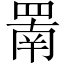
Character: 罱